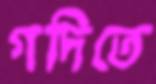
গদিতে